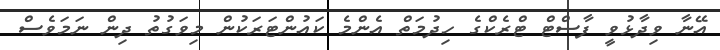
އޭނާ ވިދާޅުވީ ފާސްޓް ޓްރެކްގެ ހިދުމަތް އެންމެ ކައުންޓަރަކުން މިވަގުތު ދިން ނަމަވެސް